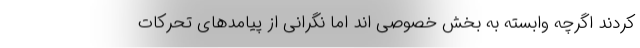
کردند اگرچه وابسته به بخش خصوصی اند اما نگرانی از پیامدهای تحرکات